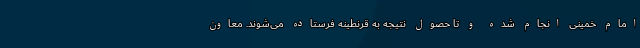
امام خمینی انجام شده و تا حصول نتیجه به قرنطینه فرستاده می‌شوند. معاون